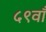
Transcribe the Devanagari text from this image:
५९वाँ